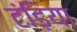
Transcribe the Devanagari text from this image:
टंड़िया